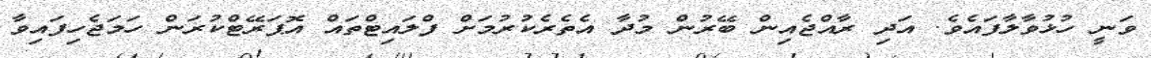
ވަނީ ހުޅުވާލާފައެވެ. އަދި ރާއްޖެއިން ބޭރުން މުދާ އެތެރެކުރުމަށް ފްލައިޓްތައް އޮޕަރޭޓްކުރަން ހަމަޖެހިފައިވާ